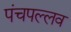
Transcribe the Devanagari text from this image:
पंचपल्लव